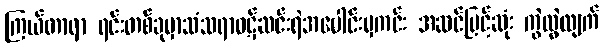
ကြယ်တာရာ ရင်းတစ်ခုမှာသံသရာဝဋ်ဆင်းရဲအပေါင်းမှကင်း အဆင်မြင့်ဆုံး ကွဲလွဲလျက်